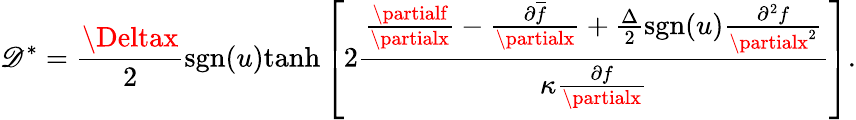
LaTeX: \mathscr{D}^{\ast}=\frac{{\Deltax}}{{2}}\mathrm{{sgn}}(u)\mathrm{{tanh}}\left[2\frac{{\frac{{\partialf}}{{\partialx}}-\frac{{\partial\overline{{{f}}}}}{{\partialx}}+\frac{{\Delta}}{{2}}\mathrm{{sgn}}(u)\frac{{\partial^{2}f}}{{\partialx^{2}}}}}{{\kappa\frac{{\partial{f}}}{{\partialx}}}}\right].